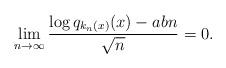
LaTeX: \begin{align*}\lim_{n \to \infty} \frac{\log q_{k_n(x)}(x)-abn}{\sqrt{n}} =0.\end{align*}